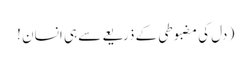
( دل کی مضبوطی کے ذریعےسے ہی انسان !